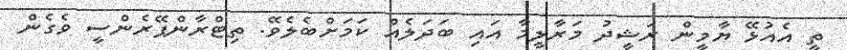
ތީ އެއުޅޭ ޔާމީން ރަޝީދު މަރާލީމާ އައި ބަދަަލެއް ކަމަށްބެލެވޭ. ތިޓްރާންޕޭރެންސީ ވެގެން